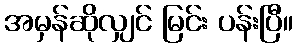
အမှန်ဆိုလျှင် မြင်း ပန်းပြီ။